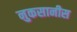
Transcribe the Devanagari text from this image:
नुकसानीस